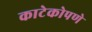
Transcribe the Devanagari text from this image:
काटेकोपणे